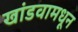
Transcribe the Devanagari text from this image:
खांडवामधून